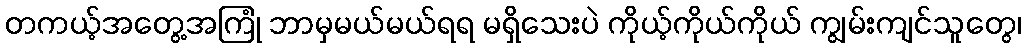
တကယ့်အတွေ့အကြုံ ဘာမှမယ်မယ်ရရ မရှိသေးပဲ ကိုယ့်ကိုယ်ကိုယ် ကျွမ်းကျင်သူတွေ၊